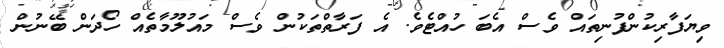
ވިޔަފާރިކުންފުނިތައް ވެސް އެބަ ހުއްޓެވެ. އެ ފަރާތްތަކުން ވެސް މައުލޫމާތެއް ހޯދަން ބޭނުން